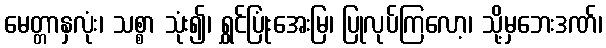
မေတ္တာနှလုံး၊ သစ္စာ သုံး၍၊ ရွှင်ပြုံးအေးမြ၊ ပြုလုပ်ကြလော့၊ သို့မှဘေးဒဏ်၊